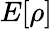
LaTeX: E[\rho]